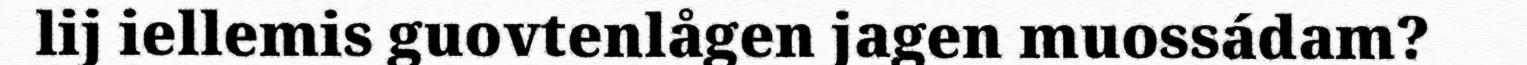
lij iellemis guovtenlågen jagen muossádam?